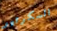
السكرتير